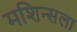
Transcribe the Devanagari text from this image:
मशिन्सला